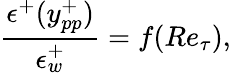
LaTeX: \frac{\epsilon^{+}(y_{pp}^{+})}{\epsilon_{w}^{+}}=f(Re_{\tau}),